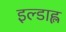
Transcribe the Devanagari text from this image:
इल्डाह्ल